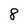
Character: 8